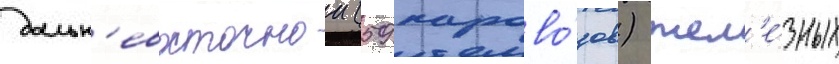
дальн'евосточнои (59 парово́зов) жел'е́зных